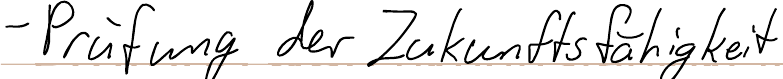
- Prüfung der Zukunftsfähigkeit